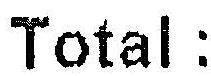
TOTAL :